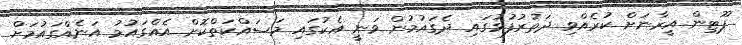
ޕޫޓިން އީރާނަށް ކުރެއްވި ދަތުރުފުޅުގައި ދެގައުމުން ވަނީ އެކުގައި މަސައްކަތްކޮށް އެއްގައުމު އަނެއްގައުމަށް